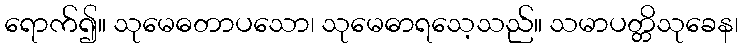
ရောက်၍။ သုမေဓတာပသော၊ သုမေဓာရသေ့သည်။ သမာပတ္တိသုခေန၊